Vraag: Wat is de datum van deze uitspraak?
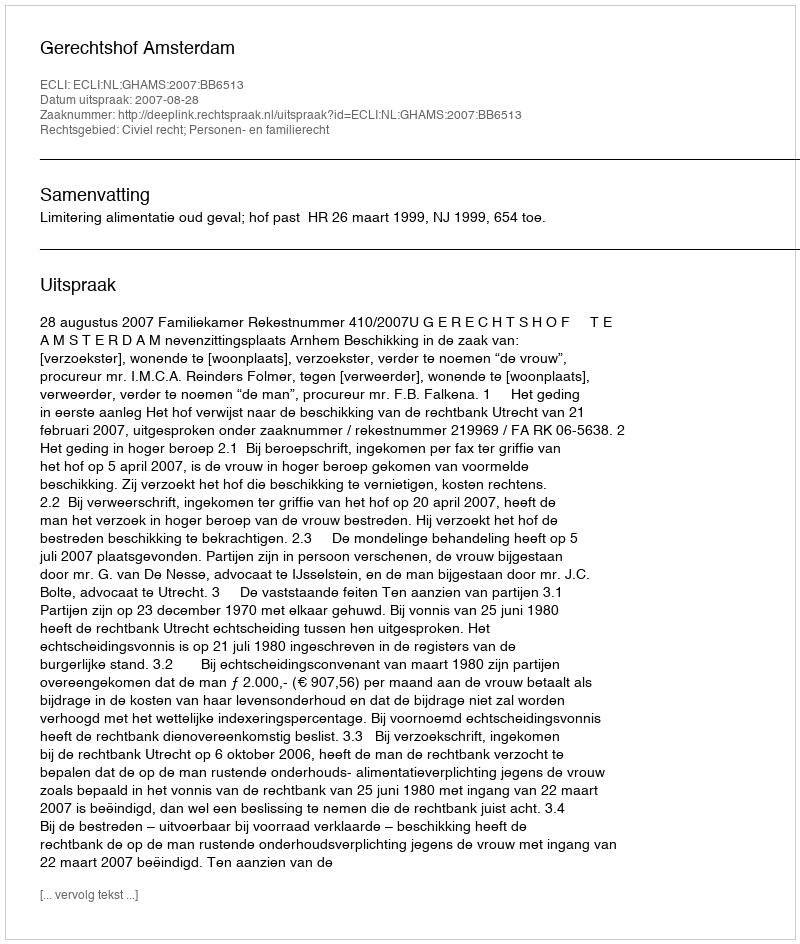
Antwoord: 2007-08-28